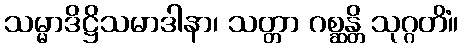
သမ္မာဒိဋ္ဌိသမာဒါနာ၊ သတ္တာ ဂစ္ဆန္တိ သုဂ္ဂတိံ။